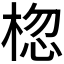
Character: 𪲨